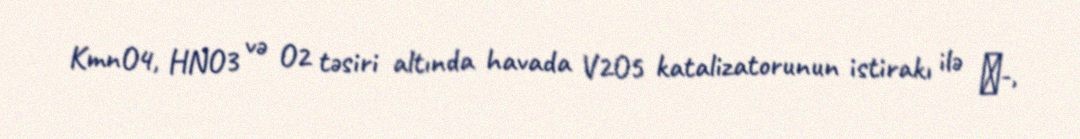
KmnO4, HNO3 və O2 təsiri altında havada V2O5 katalizatorunun istirakı ilə α-,